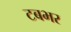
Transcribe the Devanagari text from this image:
टबभर